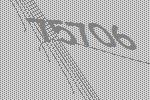
75706